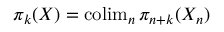
\pi _ { k } ( X ) = \operatorname { c o l i m } _ { n } \pi _ { n + k } ( X _ { n } )